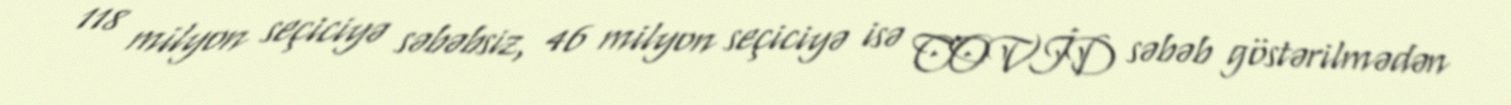
118 milyon seçiciyə səbəbsiz, 46 milyon seçiciyə isə COVİD səbəb göstərilmədən